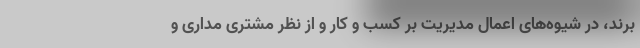
برند، در شیوه‌های اعمال مدیریت بر کسب و کار و از نظر مشتری مداری و